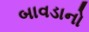
બાવડાનો